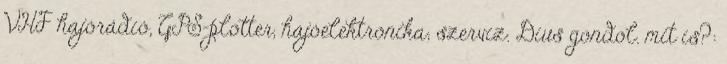
VHF hajórádió, GPS-plotter, hajóelektronika; szerviz. Dius gondol. mit is?: